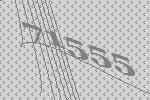
71555